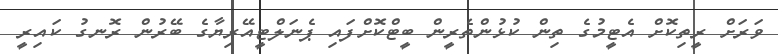
ވަރަށް ރީތިކޮށް އެޓީމުގެ ތިން ކުޅުންތެރީން ބީޓްކޮށްފައި ޕެނަލްޓީއޭރިޔާގެ ބޭރުން ރޮނގު ކައިރީ